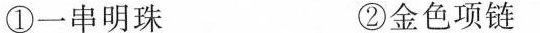
①一串明珠 ②金色项链